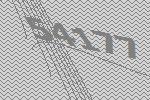
54177